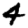
Digit: 4